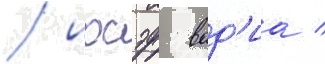
/ иосэф вад'иа /